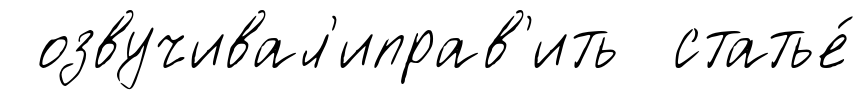
озвучивал'иправ'ить статье́